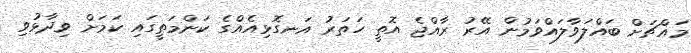
މައްޗަށް ބައްލަވާލައްވަމުން އޭރު ރާއްޖެ އޮތީ ހަތަރު އަނގޮޅިއެއްގެ ކަންމަތީގައި ކަމަށް ވިދާޅުވި